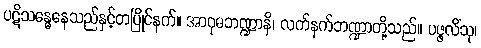
ပဋိသန္ဓေနေသည်နှင့်တပြိုင်နက်။ အာဝုဓဘဏ္ဍာနိ၊ လက်နက်ဘဏ္ဍာတို့သည်။ ပဇ္ဇလိံသု၊